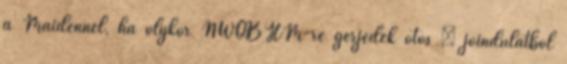
a Maidennél, ha olykor NWOBHM-re gerjedek ötös – jóindulatból